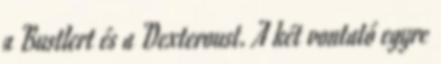
a Bustlert és a Dexteroust. A két vontató egyre